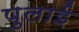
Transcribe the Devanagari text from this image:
पुलाई